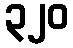
၃၂၀